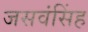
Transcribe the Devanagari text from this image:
जसवंसिंह